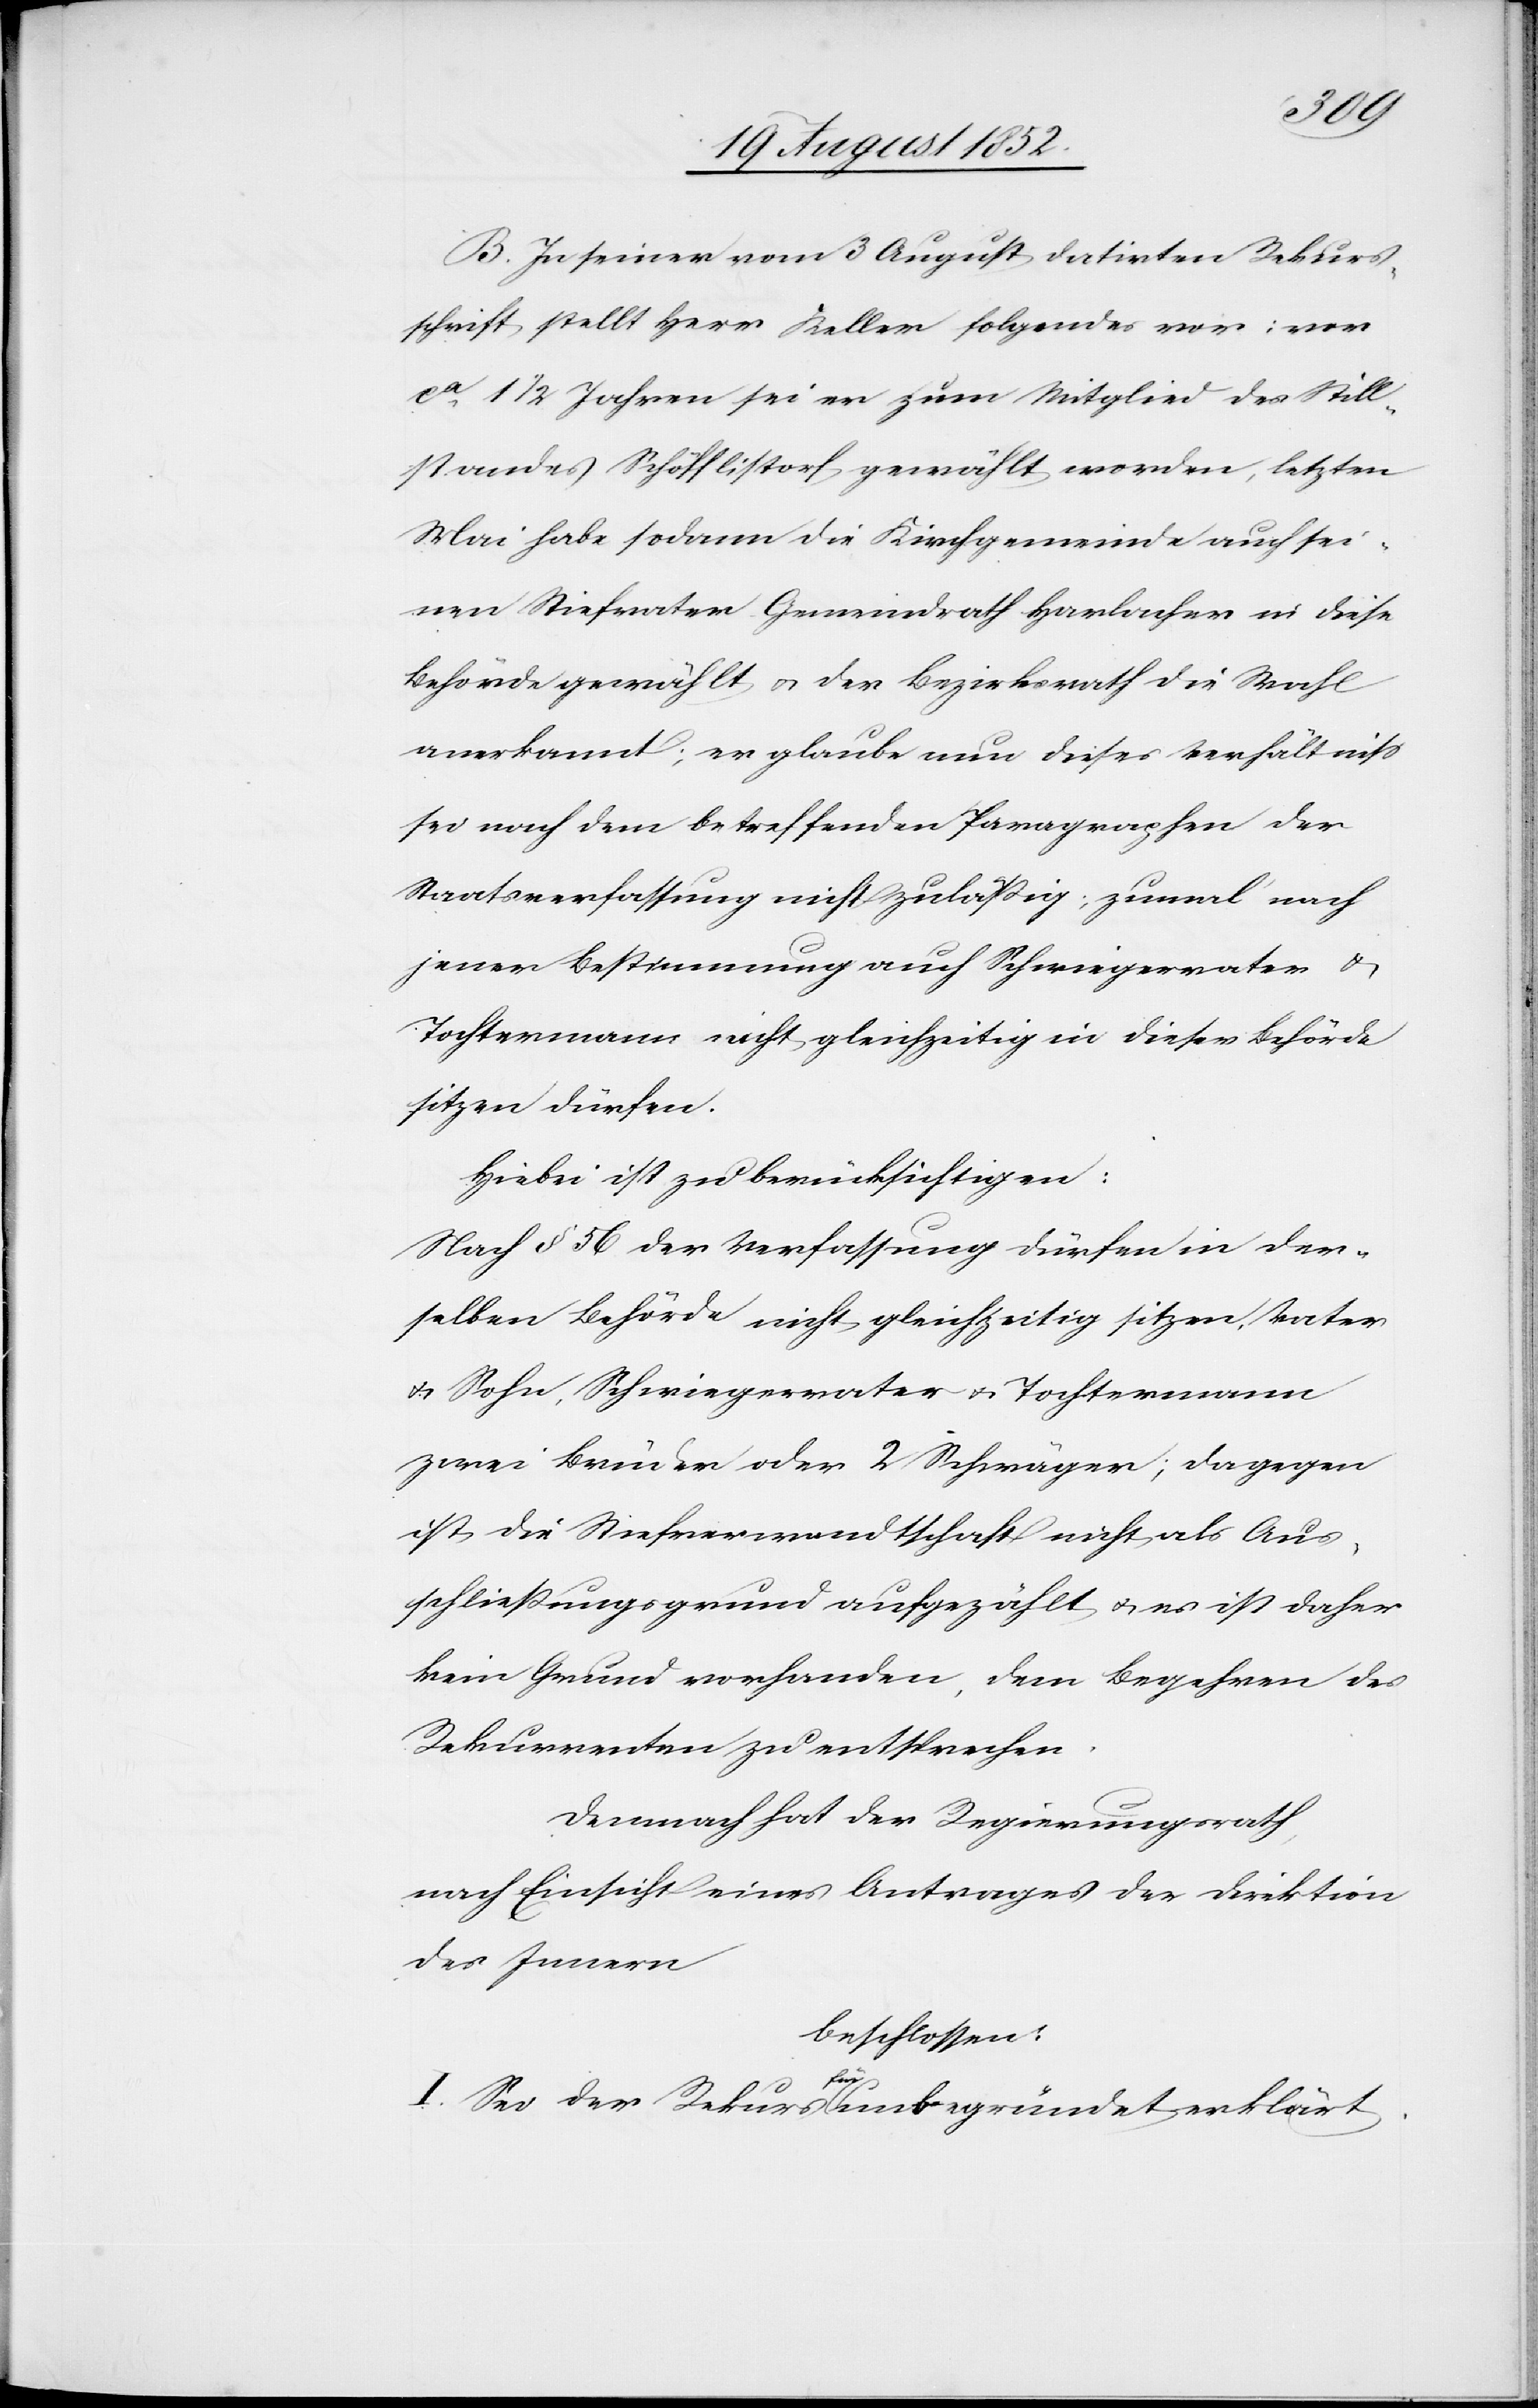
B. In seiner vom 3 August datirten Rekurs¬
schrift stellt Herr Keller folgendes vor: vor
ca. 1 1/2 Jahren sei er zum Mitglied des Still¬
standes Schöfflistorf gewählt worden, letzten
Mai habe sodann die Kirchgemeinde auch sei¬
nen Stiefvater Gemeindrath Harlacher in diese
Behörde gewählt & der Bezirksrath die Wahl
anerkannt; er glaube nun dieses Verhältniss
sei nach dem betreffenden Paragraphen der
Staatsverfassung nicht zuläßig; zumal nach
jener Bestimmung auch Schwiegervater &
Tochtermann nicht gleichzeitig in dieser Behörde
sitzen dürfen.
Hiebei ist zu berücksichtigen:
Nach § 56 der Verfassung dürfen in der¬
selben Behörde nicht gleichzeitig sitzen, Vater
& Sohn, Schwiegervater & Tochtermann[,]
zwei Brüder oder 2 Schwäger; dagegen
ist die Stiefverwandtschaft nicht als Aus¬
schließungsgrund aufgezählt & es ist daher
kein Grund vorhanden, dem Begehren des
Rekurrenten zu entsprechen.
Demnach hat der Regierungsrath,
nach Einsicht eines Antrages der Direktion
des Innern
beschlossen:
I. Sei der Rekurs für unbegründet erklärt.